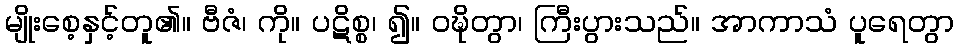
မျိုးစေ့နှင့်တူ၏။ ဗီဇံ၊ ကို။ ပဋိစ္စ၊ ၍။ ဝဍ္ဎိတွာ၊ ကြီးပွားသည်။ အာကာသံ ပူရေတွာ